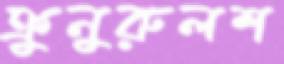
ক্রুনুরুলশ